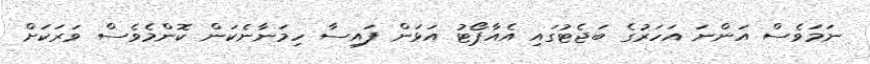
ނަމަވެސް އަންނަ އަހަރުގެ ބަޖެޓުގައި އެއާޕޯޓު އަޅަން ފައިސާ ހިމަނާނެކަން ކޮންމެވެސް ވަރަކަށް